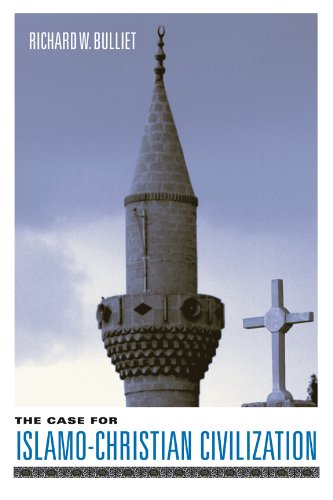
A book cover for The Case for Islamo-Christian Civilization; Richard W. Bulliet; Religion & Spirituality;